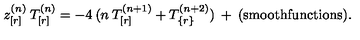
z _ { [ r ] } ^ { ( n ) } \: T _ { [ r ] } ^ { ( n ) } = - 4 \: ( n \: T _ { [ r ] } ^ { ( n + 1 ) } + T _ { \{ r \} } ^ { ( n + 2 ) } ) \: + \: { \mathrm { ( s m o o t h f u n c t i o n s ) } } .